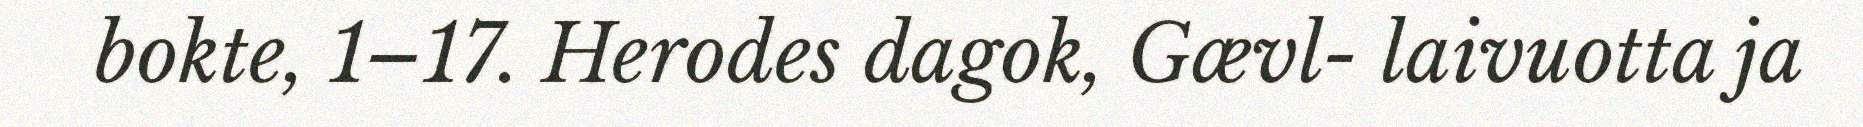
bokte, 1–17. Herodes dagok, Gævl- laivuotta ja